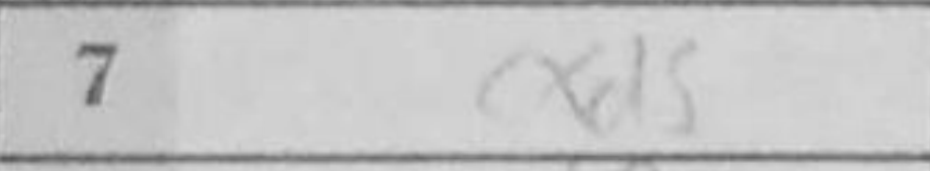
Transcription: exd5